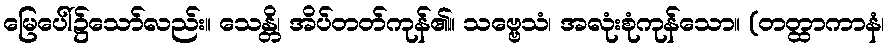
မြေပေါ်၌သော်လည်း။ သေန္တိ၊ အိပ်တတ်ကုန်၏။ သဗ္ဗေသံ၊ အလုံးစုံကုန်သော။ (တတ္ထာကာနံ၊